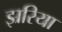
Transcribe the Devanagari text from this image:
झ्ररिया